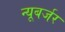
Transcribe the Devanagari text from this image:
न्यूबर्जर